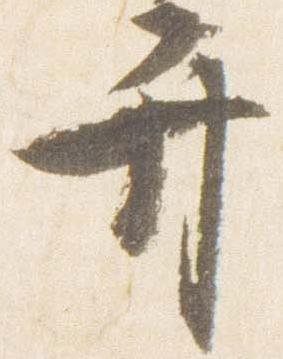
弁